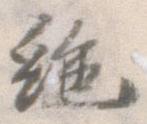
絶